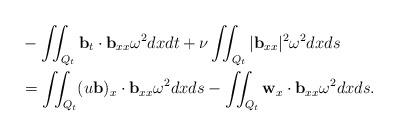
LaTeX: \begin{align*} &-\iint_{Q_t} \mathbf{b}_t\cdot \mathbf{b}_{xx}\omega^2 dxdt+\nu\iint_{Q_t} |\mathbf{b}_{xx}|^2\omega^2 dxds\\ &=\iint_{Q_t} (u\mathbf{b})_x\cdot \mathbf{b}_{xx}\omega^2 dxds-\iint_{Q_t} \mathbf{w}_x\cdot \mathbf{b}_{xx}\omega^2 dxds. \end{align*}